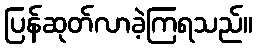
ပြန်ဆုတ်လာခဲ့ကြရသည်။